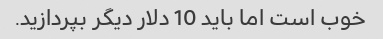
خوب است اما باید 10 دلار دیگر بپردازید.